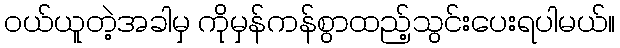
ဝယ်ယူတဲ့အခါမှ ကိုမှန်ကန်စွာထည့်သွင်းပေးရပါမယ်။